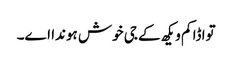
تواڈا کم ویکھ کے جی خوش ہوندا اے۔